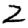
Digit: 2